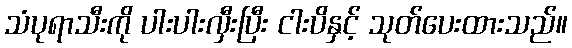
သံပုရာသီးကို ပါးပါးလှီးပြီး ငါးပိနှင့် သုတ်ပေးထားသည်။